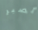
الصبر